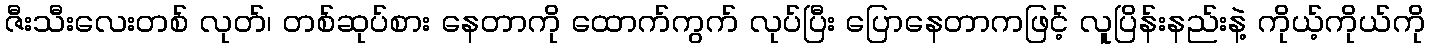
ဇီးသီးလေးတစ် လုတ်၊ တစ်ဆုပ်စား နေတာကို ထောက်ကွက် လုပ်ပြီး ပြောနေတာကဖြင့် လူပြိန်းနည်းနဲ့ ကိုယ့်ကိုယ်ကို